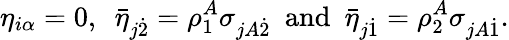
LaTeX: \eta_{i\alpha}=0,~~\bar{\eta}_{j\dot{2}}=\rho_{1}^{A}\sigma_{jA\dot{2}}~~\mathrm{and}~~\bar{\eta}_{j\dot{1}}=\rho_{2}^{A}\sigma_{jA\dot{1}}.